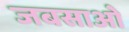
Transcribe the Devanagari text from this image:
जबसाओ